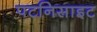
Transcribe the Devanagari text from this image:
पटनिसाइट